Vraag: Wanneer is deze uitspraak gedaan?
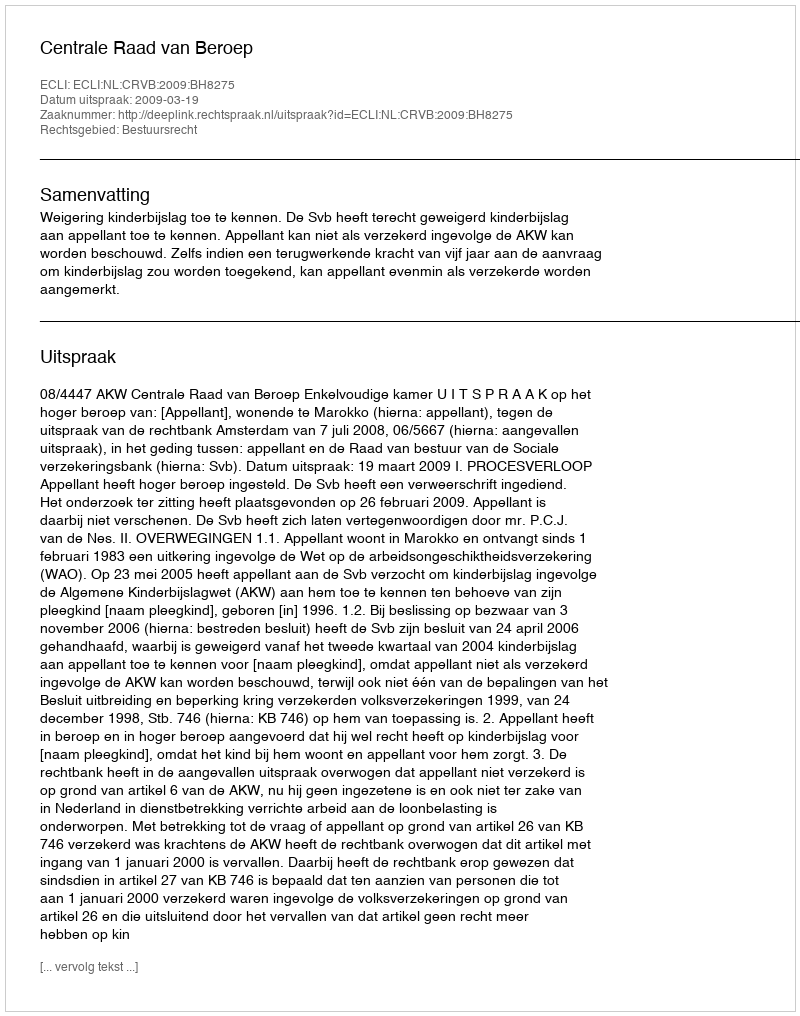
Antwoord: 2009-03-19